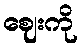
ဈေးကို